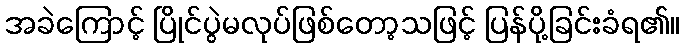
အခဲကြောင့် ပြိုင်ပွဲမလုပ်ဖြစ်တော့သဖြင့် ပြန်ပို့ခြင်းခံရ၏။